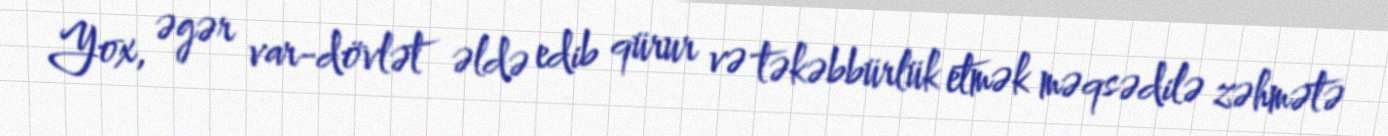
Yox, əgər var-dövlət əldə edib qürur və təkəbbürlük etmək məqsədilə zəhmətə